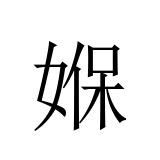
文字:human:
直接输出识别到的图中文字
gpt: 媬